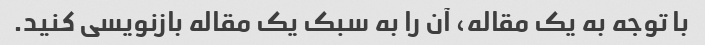
با توجه به یک مقاله، آن را به سبک یک مقاله بازنویسی کنید.